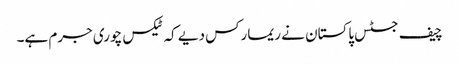
چیف جسٹس پاکستان نے ریمارکس دیے کہ ٹیکس چوری جرم ہے۔